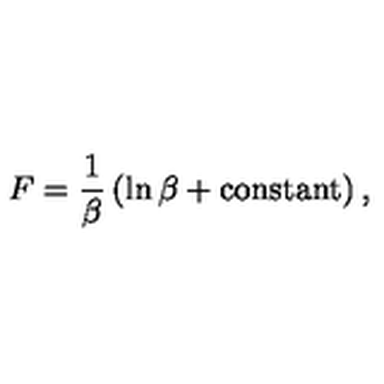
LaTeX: F = \frac 1 \beta \left( \ln \beta + \mathrm { c o n s t a n t } \right) ,